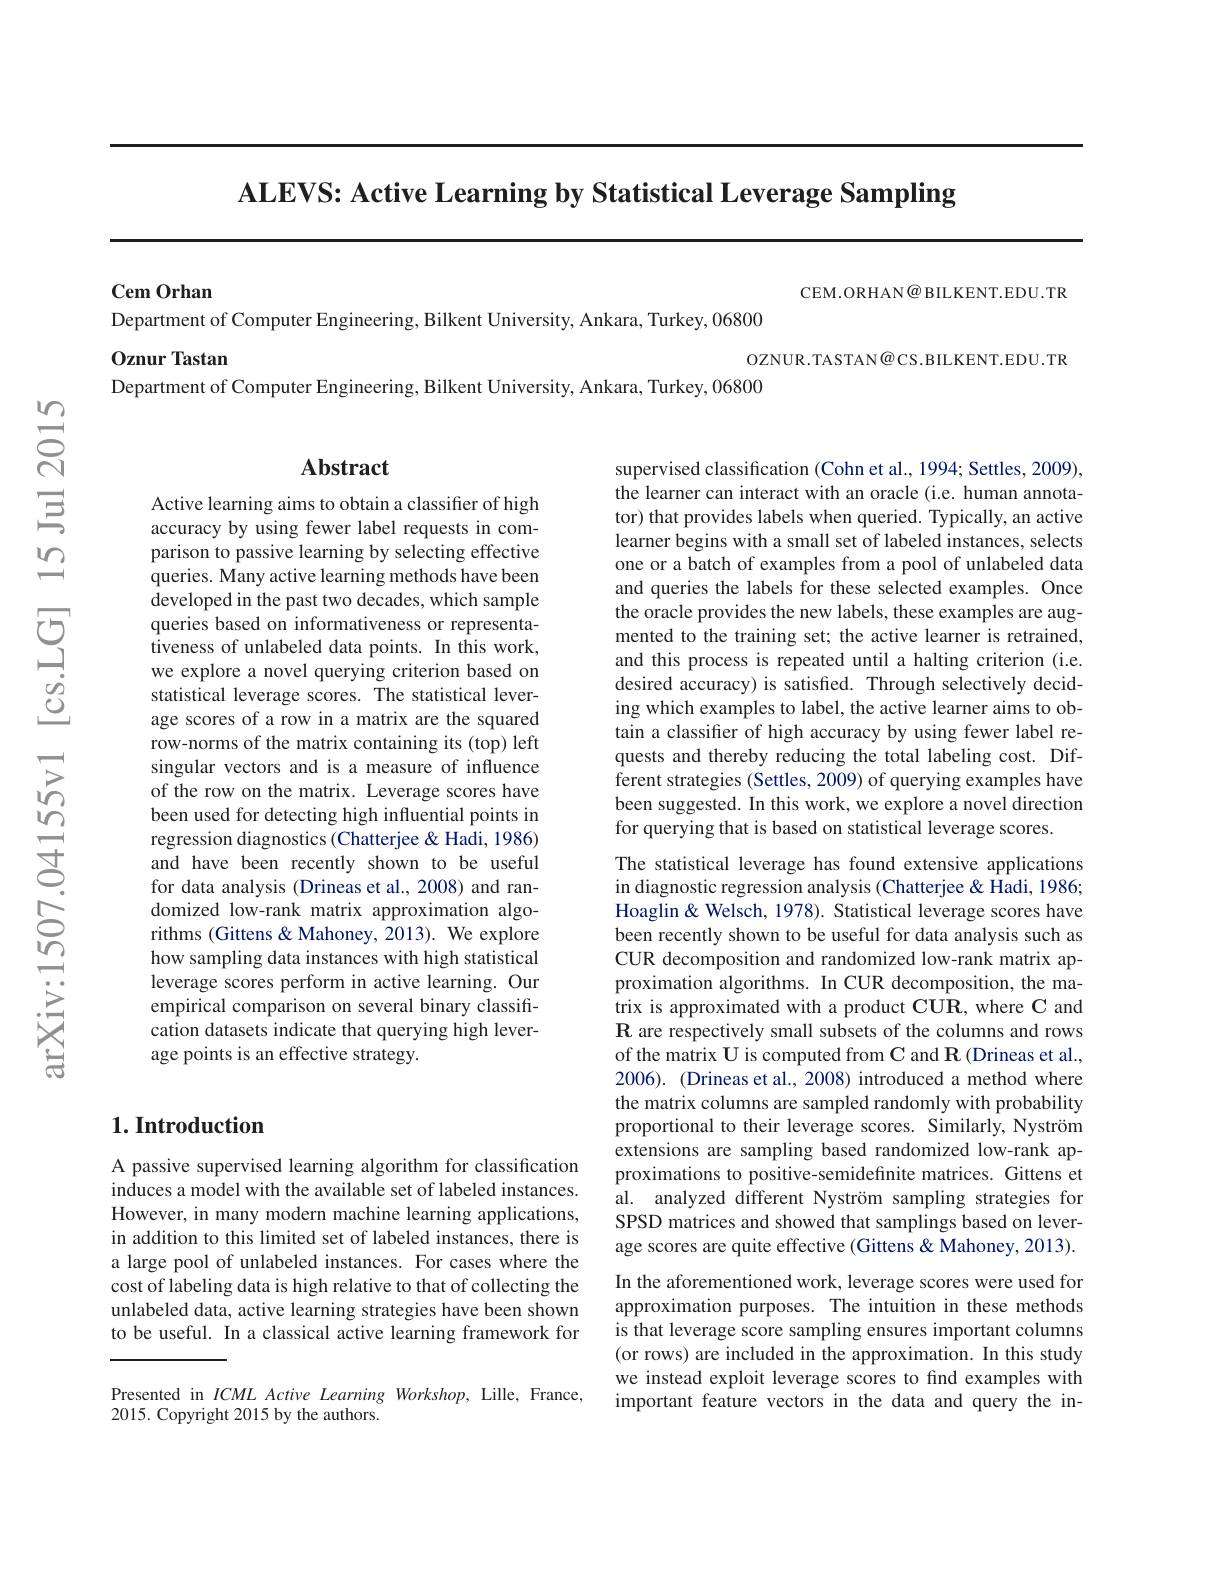
ALEVS: Active Learning by Statistical Leverage Sampling

CEM.ORHAN@ BILKENT.EDU.TR

Cem Orhan

Department of Computer Engineering, Bilkent University, Ankara, Turkey, 06800
Oznur Tastan
OZNUR.TASTAN@ CS.BILKENT.EDU.TR
Department of Computer Engineering, Bilkent University, Ankara, Turkey, 06800

## Abstract

supervised classification (Cohn et al., 1994; Settles, 2009), the learner can interact with an oracle (i.e. human annotator) that provides labels when queried. Typically, an active learner begins with a small set of labeled instances, selects one or a batch of examples from a pool of unlabeled data and queries the labels for these selected examples. Once the oracle provides the new labels, these examples are augmented to the training set; the active learner is retrained, and this process is repeated until a halting criterion (i.e. desired accuracy) is satisfied. Through selectively deciding which examples to label, the active learner aims to obtain a classifier of high accuracy by using fewer label requests and thereby reducing the total labeling cost. Different strategies (Settles, 2009) of querying examples have been suggested. In this work, we explore a novel direction for querying that is based on statistical leverage scores.

Active learning aims to obtain a classifier of high accuracy by using fewer label requests in comparison to passive learning by selecting effective queries. Many active learning methods have been developed in the past two decades, which sample queries based on informativeness or representativeness of unlabeled data points. In this work, we explore a novel querying criterion based on statistical leverage scores. The statistical leverage scores of a row in a matrix are the squared row-norms of the matrix containing its (top) left singular vectors and is a measure of influence of the row on the matrix. Leverage scores have been used for detecting high influential points in regression diagnostics (Chatterjee & Hadi, 1986) and have been recently shown to be useful for data analysis (Drineas et al., 2008) and randomized low-rank matrix approximation algorithms (Gittens & Mahoney, 2013). We explore how sampling data instances with high statistical leverage scores perform in active learning. Our empirical comparison on several binary classification datasets indicate that querying high leverage points is an effective strategy.

The statistical leverage has found extensive applications in diagnostic regression analysis (Chatterjee &Hadi, 1986; Hoaglin& Welsch, 1978). Statistical leverage scores have been recently shown to be useful for data analysis such as CUR decomposition and randomized low-rank matrix approximation algorithms. In CUR decomposition, the matrix is approximated with a product CUR, where C and R are respectively small subsets of the columns and rows of the matrix U is computed from C and R (Drineas et al., 2006). (Drineas et al., 2008) introduced a method where the matrix columns are sampled randomly with probability proportional to their leverage scores. Similarly, Nyström extensions are sampling based randomized low-rank approximations to positive-semidefinite matrices. Gittens et al. analyzed different Nyström sampling strategies for SPSD matrices and showed that samplings based on leverage scores are quite effective (Gittens &Mahoney, 2013). In the aforementioned work, leverage scores were used for approximation purposes. The intuition in these methods is that leverage score sampling ensures important columns (or rows) are included in the approximation. In this study we instead exploit leverage scores to find examples with important feature vectors in the data and query the in-

## $1. \textbf{Introduction}$

A passive supervised learning algorithm for classification induces a model with the available set of labeled instances. However, in many modern machine learning applications, in addition to this limited set of labeled instances, there is a large pool of unlabeled instances. For cases where the cost of labeling data is high relative to that of collecting the unlabeled data, active learning strategies have been shown to be useful. In a classical active learning framework for

Presented in ICML Active Learning Workshop, Lille, France,
2015. Copyright 2015 by the authors.